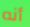
أنه